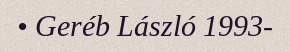
• Geréb László 1993-